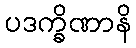
ပဒက္ခိဏာနိ